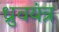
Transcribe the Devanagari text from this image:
ध्रुवयंत्र